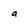
Character: a